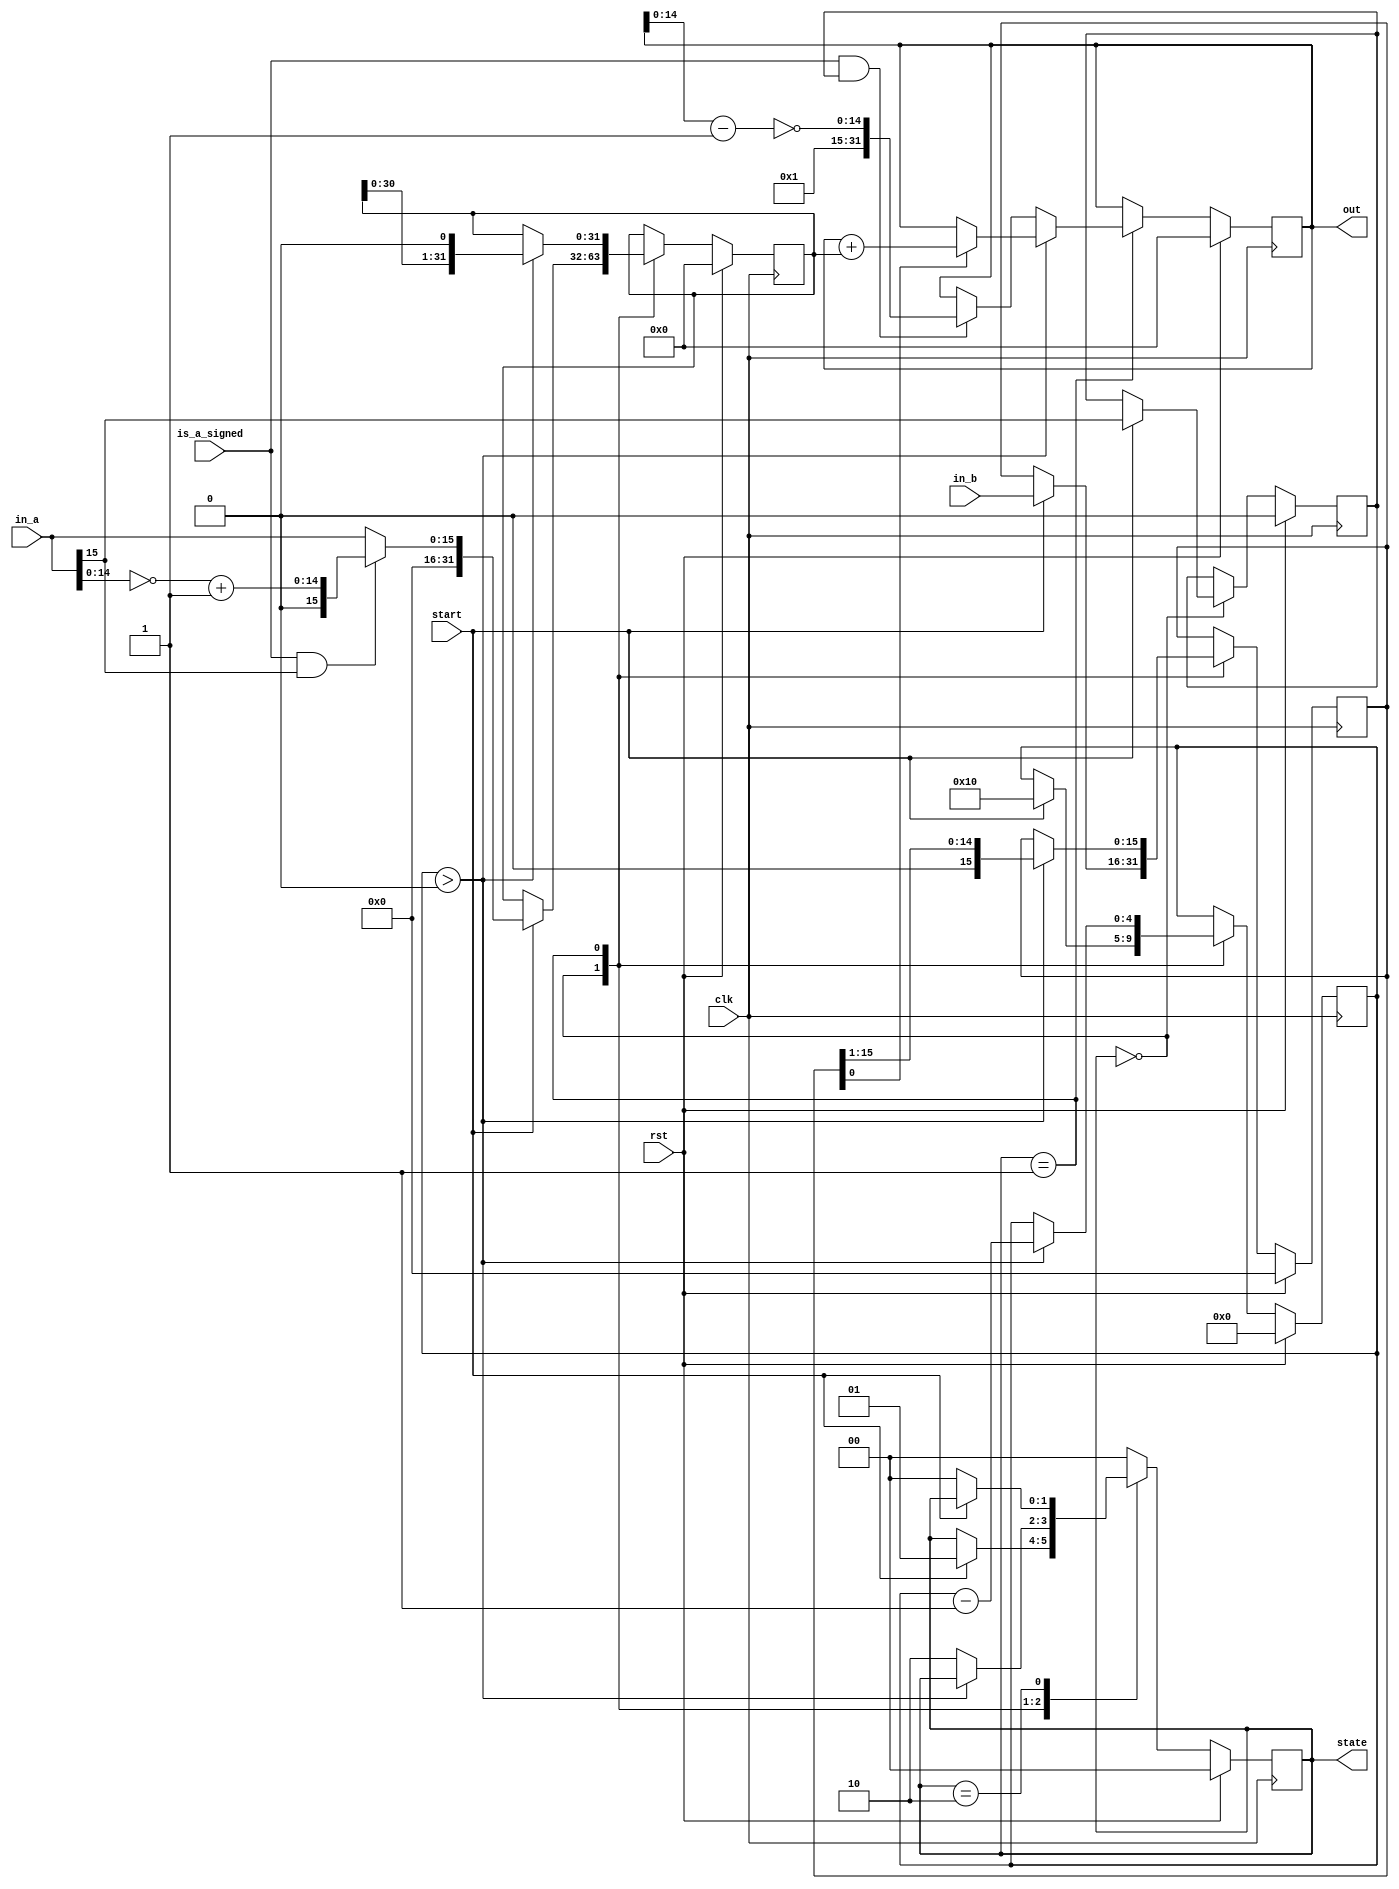
`ifndef MUL16x16_V
`define MUL16x16_V

// Raise start from low to high to begin calculation
// Keep start high until you have received the output
// The output will change while calculations are ongoing, and depends on the input

`define mul16x16_IDLE 2'd0
`define mul16x16_CALC_BUSY 2'd1
`define mul16x16_CALC_COMPLETE 2'd2

// Busy will be low after calculations are complete
module mul16x16 #(parameter N=16) (
    input wire clk,
    input wire rst,
    input wire start,
    input wire [N-1:0] in_a,
    input wire [N-1:0] in_b,
    input wire is_a_signed,
    output reg [N*2-1:0] out,
    output reg [1:0] state
);

reg sign;
reg [N*2-1:0] a;
reg [N-1:0] b;
reg [$clog2(N):0] count;

//parameter IDLE = 2'd0, CALC_BUSY = 2'd1, CALC_COMPLETE = 2'd2;

always @(posedge clk) begin
    if(rst) begin
        state <= `mul16x16_IDLE;
        count <= 0;
        out <= 0;
        a <= 0;
        b <= 0;
        sign <= 0;
    end else begin
        case(state)
            `mul16x16_IDLE: begin
                if(start) begin
                    state <= `mul16x16_CALC_BUSY;
                    count <= N;
                    sign <= in_a[15];
                    if(is_a_signed && in_a[15]) begin // Negative
                        a <= {{N{1'b0}}, ~in_a[14:0] + 15'd1};
                    end else begin
    	                a <= {{N{1'b0}}, in_a};                    
                    end
    	            b <= in_b;
    	       end
            end
            `mul16x16_CALC_BUSY: begin
                if(count > 0) begin
                    count <= count - 1;
        
	            if (b[0])
	                out <= out + a;
	
	            b <= b >> 1;
	            a <= a << 1;
	        end else begin
	            if(is_a_signed && sign) begin // Negative
	                out <= {1'b1, ~(out[14:0] - 15'd1)};
	            end
	            
	            state <= `mul16x16_CALC_COMPLETE;
	        end
            end
            `mul16x16_CALC_COMPLETE: begin
               if(!start)
                   state <= `mul16x16_IDLE;
            end
            default: state <= `mul16x16_IDLE;
        endcase
    end
end

endmodule

`endif